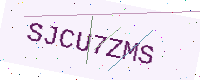
Text: SJCU7ZMS